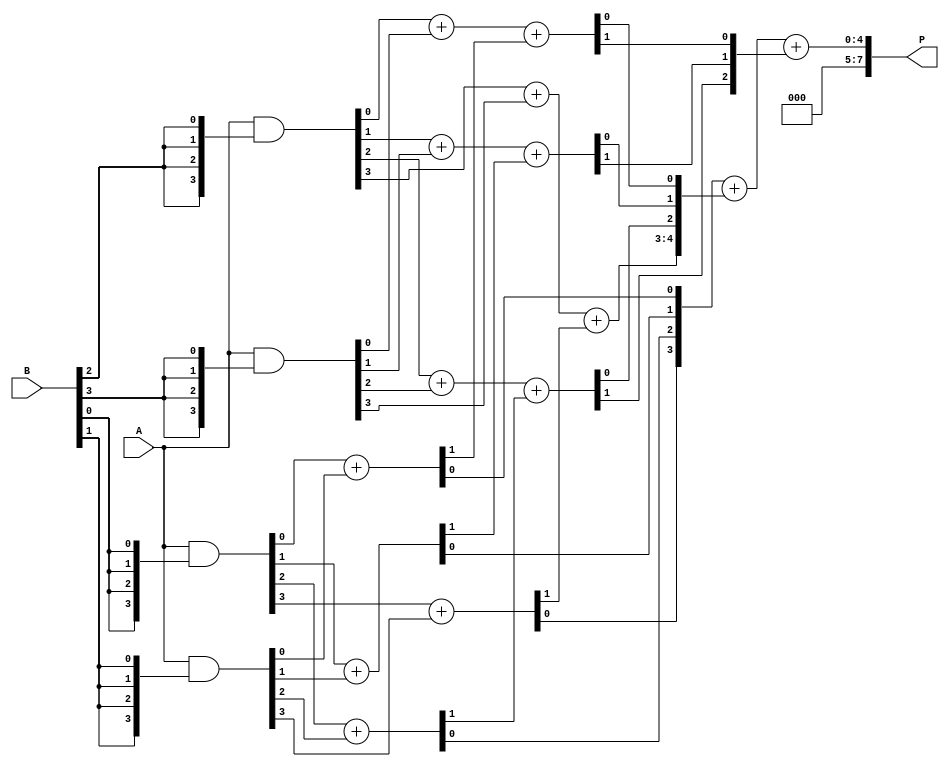
module WallaceTreeMultiplier (
    input [3:0] A, // First operand (4 bits)
    input [3:0] B, // Second operand (4 bits)
    output reg [7:0] P // Product output (8 bits)
);

// Partial product generation
wire [3:0] pp0 = A & {4{B[0]}}; // Partial product 0
wire [3:0] pp1 = A & {4{B[1]}}; // Partial product 1, shifted left by 1
wire [3:0] pp2 = A & {4{B[2]}}; // Partial product 2, shifted left by 2
wire [3:0] pp3 = A & {4{B[3]}}; // Partial product 3, shifted left by 3

// Reduction stage 1
wire [3:0] s1, c1;
wire [3:0] s2, c2;

// Half adders for the first stage
assign {c1[0], s1[0]} = pp0[0] + pp1[0]; // HA
assign {c1[1], s1[1]} = pp0[1] + pp1[1]; // HA
assign {c1[2], s1[2]} = pp0[2] + pp1[2]; // HA
assign {c1[3], s1[3]} = pp0[3] + pp1[3]; // HA

// Full adders for the first stage
assign {c2[0], s2[0]} = pp2[0] + pp3[0] + c1[0]; // FA
assign {c2[1], s2[1]} = pp2[1] + pp3[1] + c1[1]; // FA
assign {c2[2], s2[2]} = pp2[2] + pp3[2] + c1[2]; // FA
assign {c2[3], s2[3]} = pp2[3] + pp3[3] + c1[3]; // FA

// Final summation
wire [4:0] final_sum;
assign final_sum = {1'b0, s1} + {c2[3], s2} + {2'b00, c2[2:0]}; // Combine sums and carries

// Assign product
always @(*) begin
    P = final_sum; // Final product assignment
end

endmodule